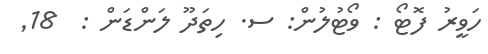
ހަވީރު ފޮޓޯ : ވޯޓުލުން: ސ. ހިތަދޫ ލަންޑަން :  18